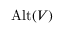
\operatorname { A l t } ( V )